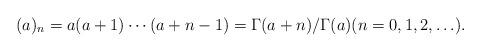
LaTeX: \begin{align*}(a)_n=a(a+1)\cdots(a+n-1)=\Gamma(a+n)/\Gamma(a)(n=0,1,2,\ldots).\end{align*}